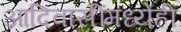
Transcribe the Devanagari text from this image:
आदिवासींमध्येही